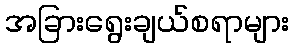
အခြားရွေးချယ်စရာများ